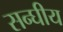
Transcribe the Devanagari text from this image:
सन्घीय